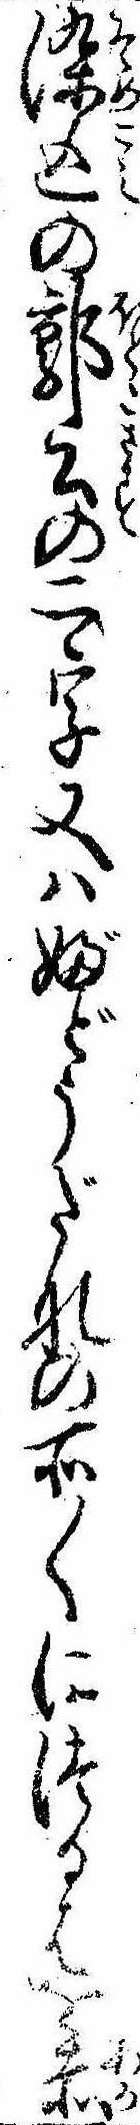
染込の郭公の二字又はぶどうだなの所〱につるはを赤